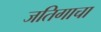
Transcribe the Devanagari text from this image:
जतिगाचा